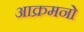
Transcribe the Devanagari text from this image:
आक्रमनो